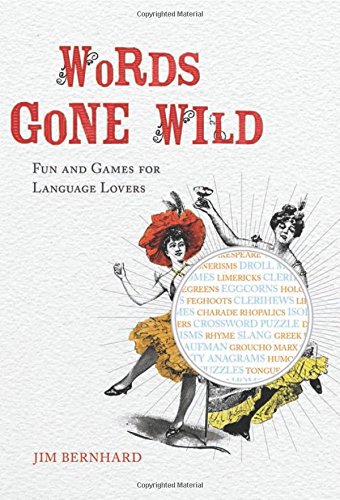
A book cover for Words Gone Wild: Puns, Puzzles, Poesy, Palaver, Persiflage, and Poppycock; Jim Bernhard; Humor & Entertainment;